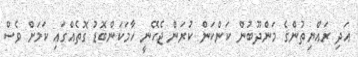
އަދި ރައްޔިތުންގެ މަންދޫބުން ކަންކަން ކުރަން ޖެހޭނީ ހާމަކަންބޮޑު ގޮތެއްގައި ކަމަށް ވެސް